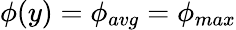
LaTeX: \phi(y)=\phi_{avg}=\phi_{max}